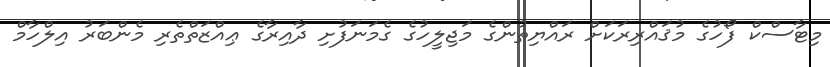
މިޓާސްކް ފޯހުގެ މުޤައްރިރަކަށް ރައްޔިތުންގެ މަޖިލީހުގެ ގެމަނަފުށި ދާއިރާގެ ޢިއްޒަތްތެރި މެންބަރު އިލްހާމް